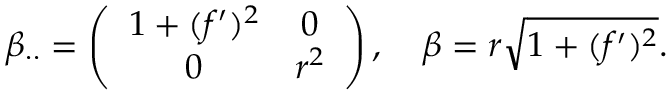
\beta _ { \cdot \cdot } = \left( \begin{array} { c c } { 1 + ( f ^ { \prime } ) ^ { 2 } } & { 0 } \\ { 0 } & { r ^ { 2 } } \end{array} \right) , \quad \beta = r \sqrt { 1 + ( f ^ { \prime } ) ^ { 2 } } .